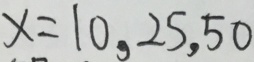
x = 1 0 , 2 5 , 5 0